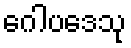
ဂေါပဒေသု